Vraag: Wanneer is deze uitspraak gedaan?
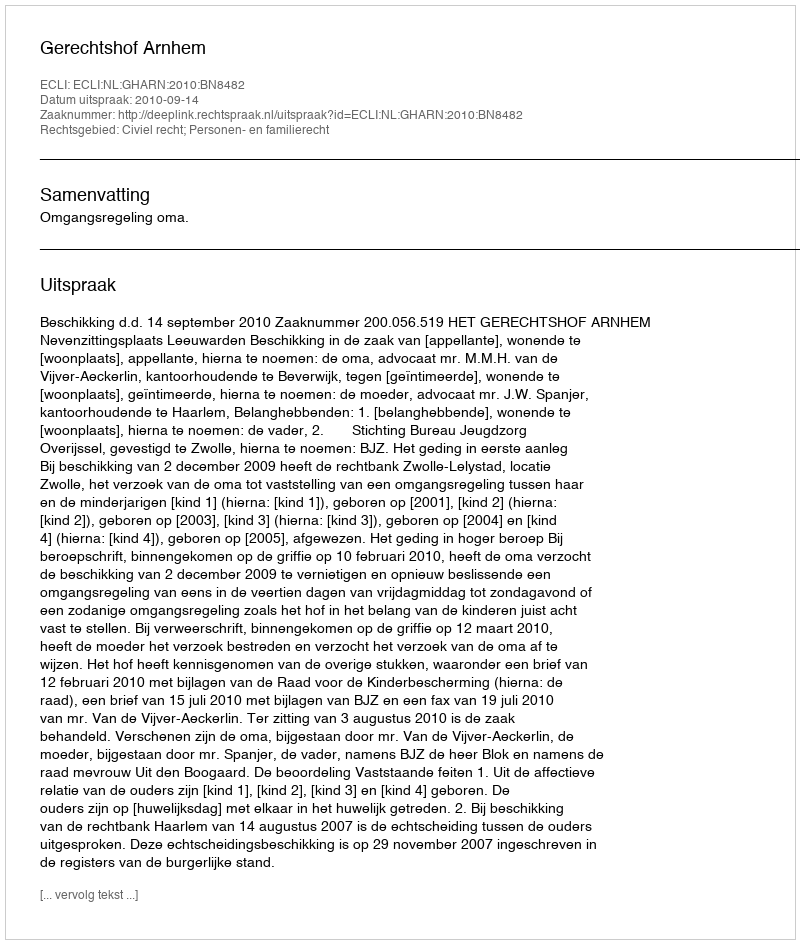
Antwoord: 2010-09-14